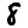
Digit: 8